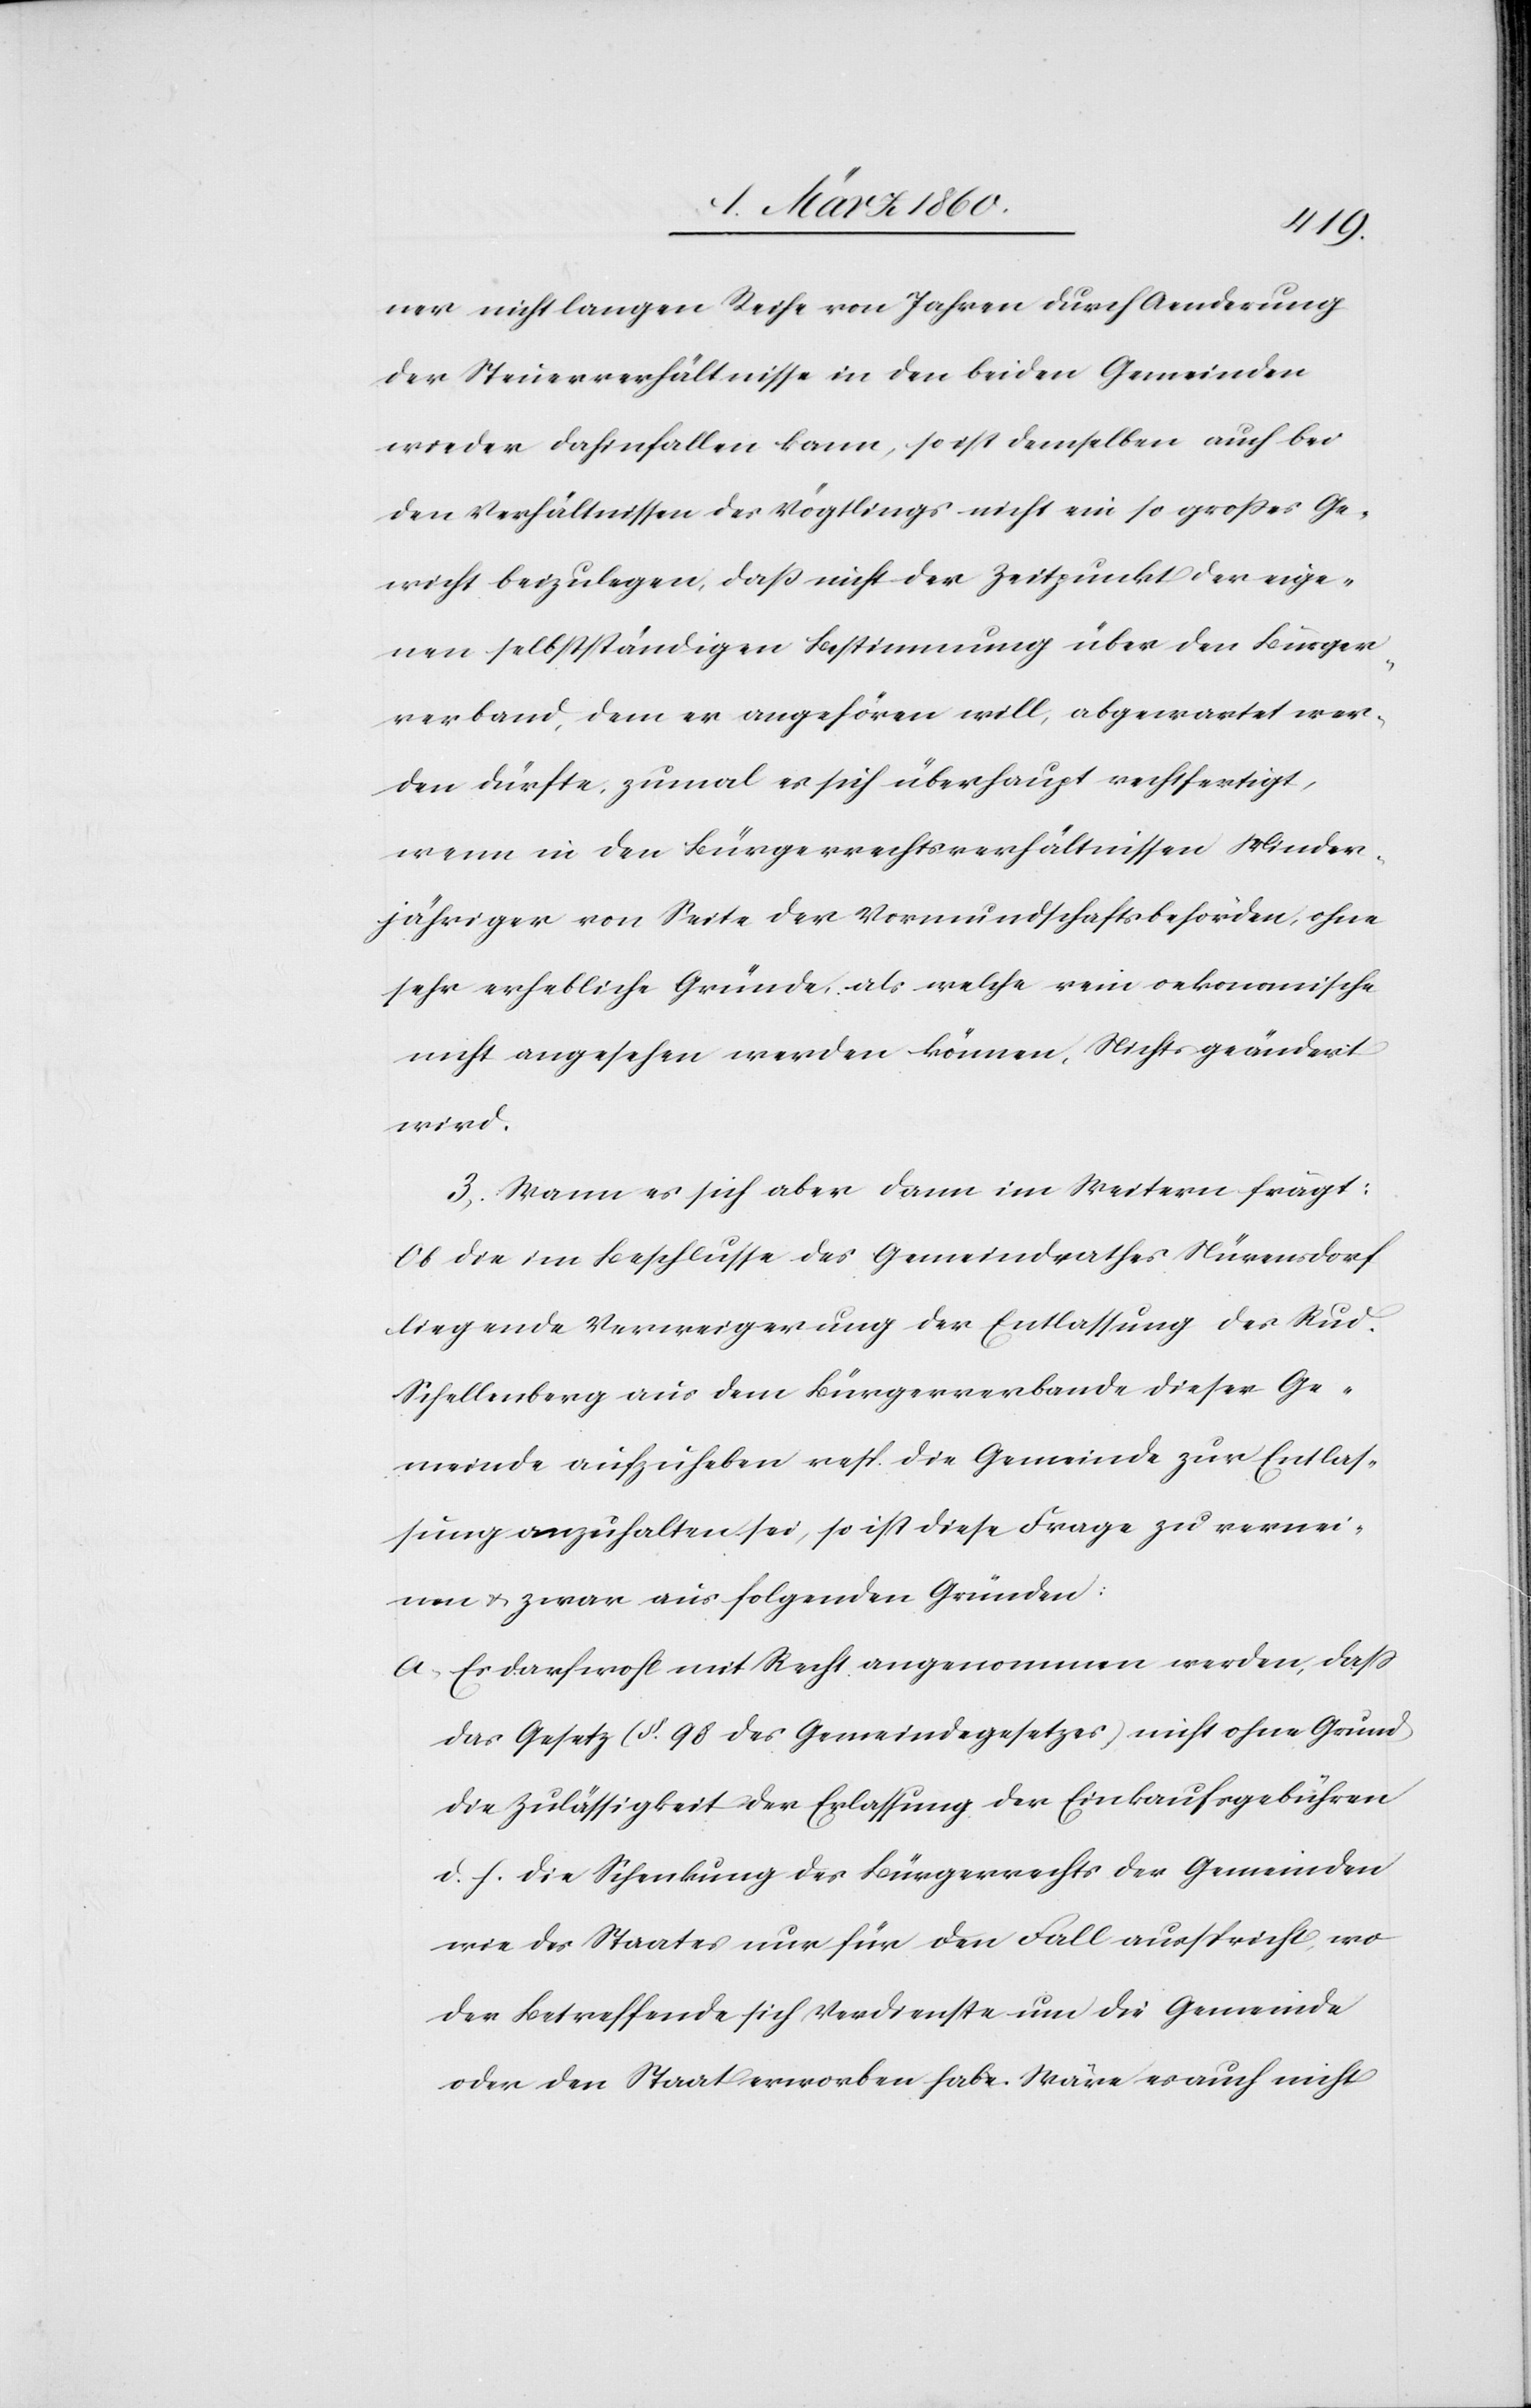
ner nicht langen Reihe von Jahren durch Aenderung
der Steuerverhältnisse in den beiden Gemeinden
wieder dahinfallen kann, so ist demselben auch bei
den Verhältnissen des Vögtlings nicht ein so grosses Ge¬
wicht beizulegen, dass nicht der Zeitpunkt der eige¬
nen selbstständigen Bestimmung über den Bürger¬
verband, dem er angehören will, abgewartet wer¬
den dürfte, zumal er sich überhaupt rechtfertigt,
wenn in den Bürgerrechtsverhältnissen Minder¬
jähriger von Seite der Vormundschaftsbehörden, ohne
sehr erhebliche Gründe, als welche rein oekonomische
nicht angesehen werden können, Nichts geändert
wird.
3. Wann es sich aber dann im Weitern frägt:
Ob die im Beschlusse des Gemeindrathes Nürensdorf
liegende Verweigerung der Entlassung des Rud.
Schellenberg aus dem Bürgerverbande dieser Ge¬
meinde aufzuheben resp. die Gemeinde zur Entlas¬
sung anzuhalten sei, so ist diese Frage zu vernei¬
nen u. zwar aus folgenden Gründen:
a. Es darf noch mit Recht angenommen werden, dass
das Gesetz [§. 98. des Gemeindegesetzes] nicht ohne Grund
die Zulässigkeit der Erlassung der Einkaufsgebühren
d. h. die Schenkung des Bürgerrechts der Gemeinden
wie des Staates nur für den Fall ausspricht, wo
der Betreffende sich Verdienste um die Gemeinde
oder den Staats erworben habe. Wäre es auch nicht